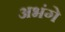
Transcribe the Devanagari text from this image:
अभंगे